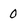
Character: 0